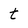
Character: t